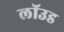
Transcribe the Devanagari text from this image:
लॉउड